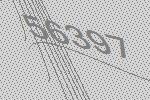
56397